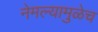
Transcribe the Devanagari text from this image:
नेमल्यामुळेच